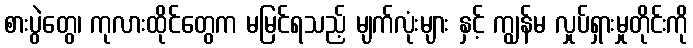
စားပွဲတွေ၊ ကုလားထိုင်တွေက မမြင်ရသည့် မျက်လုံးများ နှင့် ကျွန်မ လှုပ်ရှားမှုတိုင်းကို